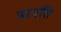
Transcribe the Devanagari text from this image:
त्रायति